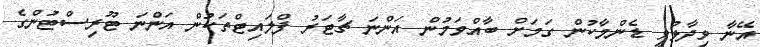
އޭނާ ވިދާޅުވީ ޑެންމާކުން ގަމަށް ބާއްވަމުން އަންނަ ޗާޓަރު ފްލައިޓްތަކުން އަންނަ ޓޫރިސްޓުންގެ